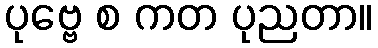
ပုဗ္ဗေ စ ကတ ပုညတာ။